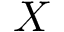
X